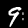
Label: 9